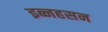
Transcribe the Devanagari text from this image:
इब्नहसन